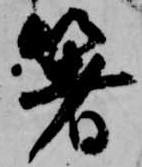
箸